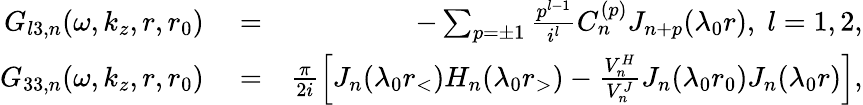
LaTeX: \begin{array}{rlr}{G_{l3,n}(\omega,k_{z},r,r_{0})}&{{}=}&{-\sum_{p=\pm 1}\frac{p^{l-1}}{i^{l}}C_{n}^{(p)}J_{n+p}(\lambda_{0}r),\; l=1,2,}\\ {G_{33,n}(\omega,k_{z},r,r_{0})}&{{}=}&{\frac{\pi}{2i}\left[J_{n}(\lambda_{0}r_{<})H_{n}(\lambda_{0}r_{>})-\frac{V_{n}^{H}}{V_{n}^{J}}J_{n}(\lambda_{0}r_{0})J_{n}(\lambda_{0}r)\right],}\end{array}